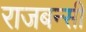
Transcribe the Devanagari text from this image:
राजबन्सी